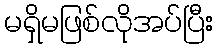
မရှိမဖြစ်လိုအပ်ပြီး